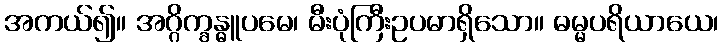
အကယ်၍။ အဂ္ဂိက္ခန္ဓူပမေ၊ မီးပုံကြီးဥပမာရှိသော။ ဓမ္မပရိယာယေ၊